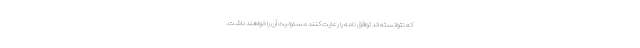
که نتوانسته اند توافق نامه را رعایت کنند مسئولیت آن را خواهند داشت.